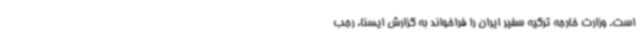
است. وزارت خارجه ترکیه سفیر ایران را فراخواند به گزارش ایسنا، رجب